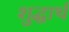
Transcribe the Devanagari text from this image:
शुद्धार्थ